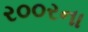
ર૦૦રના